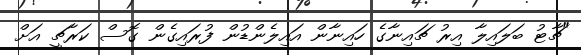
"ޗާޓު ބަލައިލާ އިރު ޗައިނާގެ ހައިނާން އައިލެންޑުން ފުރައިގެން ގޮސް ކަރާޗީ އަށް